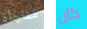
مفاجأة كان